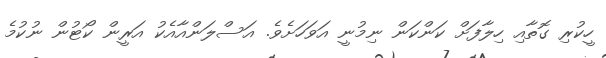
ހީކުރި ގޮތާއި ހިލާފަށް ކަންކަން ނިމުނީ އަވަހަށެވެ. އަސްލަންއާއެކު އަރީން ކޯޓުން ނުކުމެ